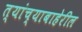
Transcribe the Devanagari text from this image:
त्यांच्याबाहेरील